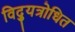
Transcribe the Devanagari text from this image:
विद्युत्रोधित